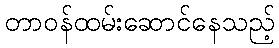
တာဝန်ထမ်းဆောင်နေသည့်